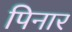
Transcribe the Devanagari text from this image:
पिनार